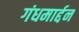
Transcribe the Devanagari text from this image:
गंधमार्द्दन